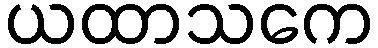
ယထာသကေ